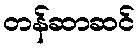
တန်ဆာဆင်